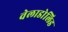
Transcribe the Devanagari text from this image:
वेलाडोलिड